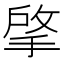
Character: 𢯄